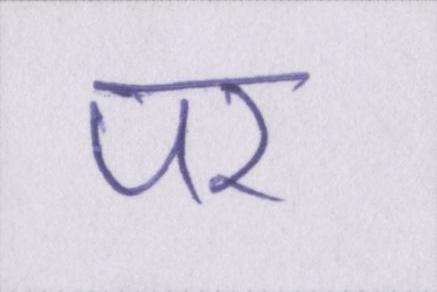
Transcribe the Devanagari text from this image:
पर